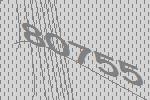
80755